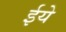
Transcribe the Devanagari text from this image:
ईये